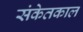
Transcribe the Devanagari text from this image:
संकेतकाल